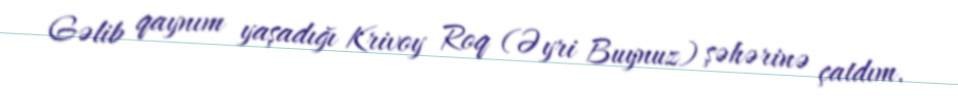
Gəlib qaynım yaşadığı Krivoy Roq (Əyri Buynuz) şəhərinə çatdım.